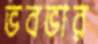
ভবভার